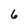
Character: 6